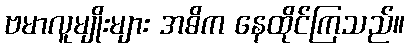
ဗမာလူမျိုးများ အဓိက နေထိုင်ကြသည်။